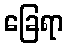
ခြေရာ